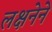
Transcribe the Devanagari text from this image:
लक्षनेने